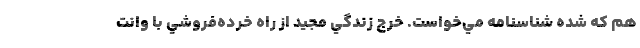
هم كه شده شناسنامه مي‌خواست. خرج زندگي مجيد از راه خرده‌فروشي با وانت